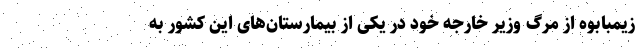
زیمبابوه از مرگ وزیر خارجه خود در یکی از بیمارستان‌های این کشور به